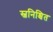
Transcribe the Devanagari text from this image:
स्वनिश्चित